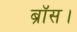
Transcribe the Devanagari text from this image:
ब्रॉस।